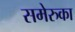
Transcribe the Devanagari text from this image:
समेरुका